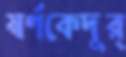
স্বর্ণকেদুর্